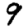
Digit: 9